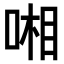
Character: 𠷹